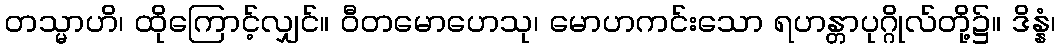
တသ္မာဟိ၊ ထိုကြောင့်လျှင်။ ဝီတမောဟေသု၊ မောဟကင်းသော ရဟန္တာပုဂ္ဂိုလ်တို့၌။ ဒိန္နံ၊